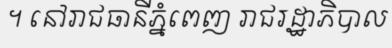
។ នៅរាជធានីភ្នំពេញ រាជរដ្ឋាភិបាល